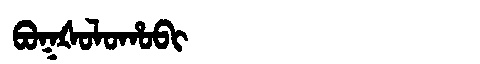
Manchu: ᠪᠣᡴᡧᠣᠯᠣᡥᠣᠪᡳ
Romanization: BOKŠOLOHOBI